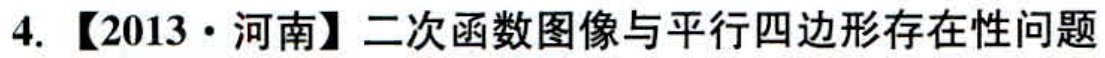
4. 【2013·河南】二次函数图像与平行四边形存在性问题